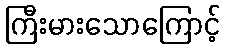
ကြီးမားသောကြောင့်